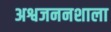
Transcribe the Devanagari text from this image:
अश्वजननशाला